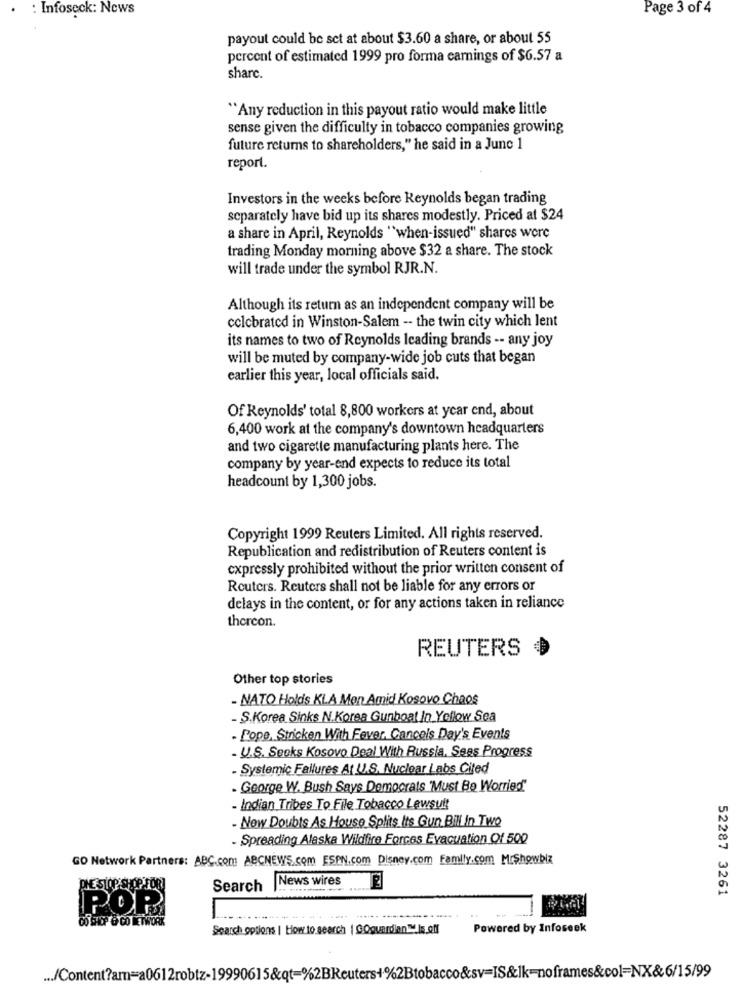
: Infoseck: News
Page 3 of 4
payout could be set at about $3.60 a share, or about 55
percent of estimated 1999 pro forma earnings of $6.57 a
sharc.
"Any reduction in this payout ratio would make little
sense given the difficulty in tobacco companies growing
future returns to shareholders," he said in a June 1
report.
Investors in the weeks before Reynolds began trading
separately have bid up its shares modestly. Priced at $24
a share in April, Reynolds "when-issued" shares wore
trading Monday morning above $32 a share. The stock
will trade under the symbol RJR.N.
Although its return as an independent company will be
celebrated in Winston-Salem -- the twin city which lent
its names to two of Reynolds leading brands -- any joy
will be muted by company-wide job cuts that began
earlier this year, local officials said.
Of Reynolds' total 8,800 workers at year end, about
6,400 work at the company's downtown headquarters
and two cigarette manufacturing plants here. The
company by year-end expects to reduce its total
headcount by 1,300 jobs.
Copyright 1999 Reuters Limited. All rights reserved.
Republication and redistribution of Reuters content is
expressly prohibited without the prior written consent of
Routers. Reuters shall not be liable for any errors or
delays in the content, or for any actions taken in reliance
thercon.
REUTERS
Other top stories
- NATO Holdis KLA Men Amid Kosovo Chaos
- S.Korea Sinks N.Korea Gunboat In Yellow Sea
- Pope. Stricken With Fever. Cancels Day's Events
- U.S. Secks Kosovo Deal With Russia, Seas Progress
- Systemic Failures At U.S. Nuclear Labs Cited
- George W. Bush Says Democrats 'Must Be Worried"
- Indian Tribes To File Tobacco Lewsult
- Now Doubts As House Splits It's Gun Bil In Two
- Spreading Alaska Wildfire Forces Evacuation Of 500
GO Network Partners: ABC.com ABCNEWS.com ESPN.com Disney.com Family.com MrShowbiz
Search |News wires
52287 3261
POR
Search options | How to search | GOguardian™.Is.off
Powered by Infoseek
... /Content?am=a0612robtz-19990615&qt=%2BReuters+%2Btobacco&sv=IS&Ik-noframes&col=NX&6/15/99